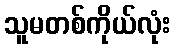
သူမတစ်ကိုယ်လုံး